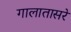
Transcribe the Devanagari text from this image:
गालातासरे